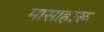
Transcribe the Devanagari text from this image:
मासाहारू